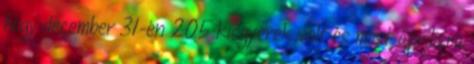
hogy december 31-én 205 kisgyerek volt és most áprilisra